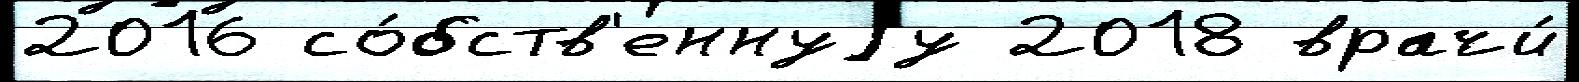
2016 со́бств'еннуjу 2018 врачи́